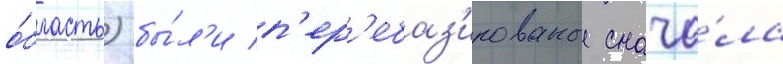
о́бласть) бы́л'и п'ер'ебаз'ированы снача́ла